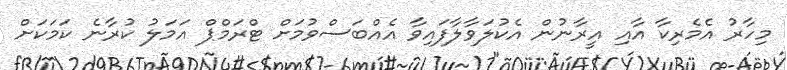
މިހާރު އެމެރިކާ އާއި އީރާނުން އެކުލަވާލާފައިވާ އެއްބަސްވުމަށް ޓްރަމްޕް އަމަލު ކުރާނެ ކަމަކަށް